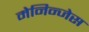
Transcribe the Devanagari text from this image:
मेनिन्जेस